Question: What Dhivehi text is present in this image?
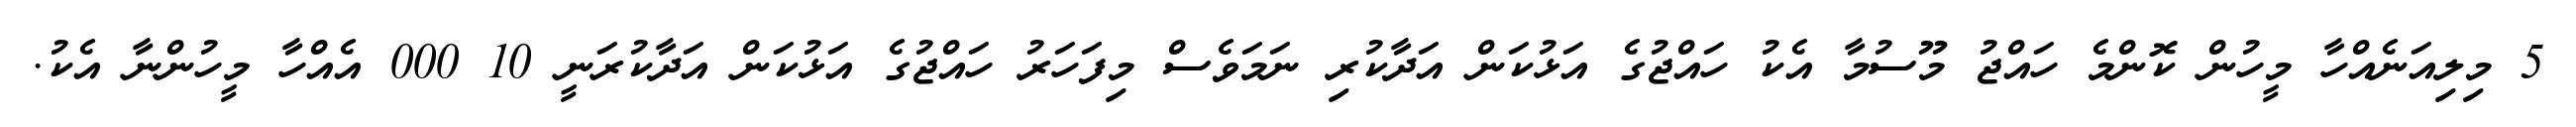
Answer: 5 މިލިއަނެއްހާ މީހުން ކޮންމެ ހައްޖު މޫސުމާ އެކު ހައްޖުގެ އަޅުކަން އަދާކުރި ނަމަވެސް މިފަހަރު ހައްޖުގެ އަޅުކަން އަދާކުރަނީ 10 000 އެއްހާ މީހުންނާ އެކު.